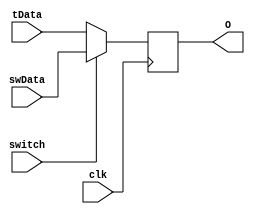
module mux(swData, tData, switch, clk, O);
  input [23:0] swData, tData;
  input switch;
  input clk;
  output [23:0] O;
  reg [23:0] O;
  always @ (posedge clk) begin
    if (switch) O <= swData;
    else O <= tData;
  end
endmodule